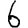
Digit: 6